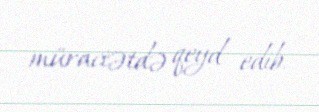
müraciətdə qeyd edib.